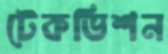
টেকভিশন